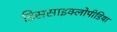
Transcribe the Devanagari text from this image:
डिससाइक्लोपीडिया